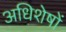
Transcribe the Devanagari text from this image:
अधिशेषों